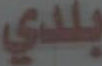
بلدي